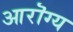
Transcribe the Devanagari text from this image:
आरॊग्य